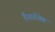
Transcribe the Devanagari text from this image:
है।सर्वश्रेष्ठ